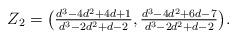
LaTeX: \begin{align*}Z_2 = \bigl(\tfrac{ d ^{3} - 4 d ^2 +4d +1} {d ^{3} -2 d ^2 + d-2} , \tfrac{ d ^{3} - 4 d ^2 +6d-7} {d ^{3} -2 d ^2 + d-2}\bigr) . \end{align*}